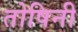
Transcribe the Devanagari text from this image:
तोषिनी